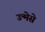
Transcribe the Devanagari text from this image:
उन्मेसे